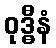
ဝုဒ္ဓီနံ